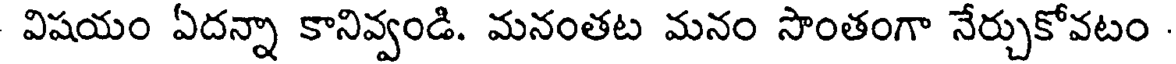
విషయం ఏదన్నా కానివ్వండి. మనంతట మనం సొంతంగా నేర్చుకోవటం